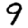
Digit: 9